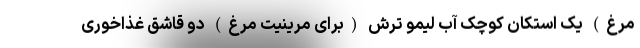
مرغ) یک استکان کوچک آب لیمو ترش (برای مرینیت مرغ) دو قاشق غذاخوری